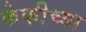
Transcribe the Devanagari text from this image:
केकीच्या